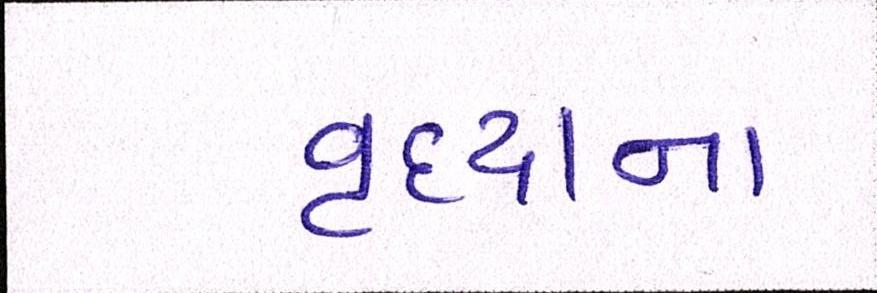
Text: વૃદ્ધાના